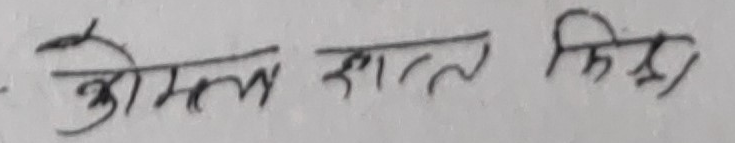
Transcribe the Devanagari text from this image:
ओमल राउत क्षेत्री